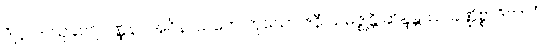
ဒိဋ္ဌပဒါ သုခဝဂ္ဂဝဏ္ဏနာ အဝိနာသကေ ကုယော ဇနီ သမိဇ္ဈန္တိ ဆိန္ဒန္တဿ ခဏ္ဍိစ္စာဒိဘာဝံ